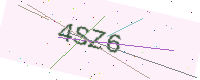
Text: 4SZ6